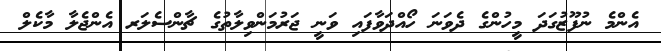
އެންމެ ނުފޫޒުގަދަ މީހުންގެ ދެވަނަ ހޯއްދަވާފައި ވަނީ ޖަރުމަންވިލާތުގެ ޗާންސެލަރ އެންޖެލާ މާކެލް